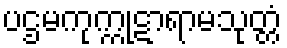
ပဌမကုက္ကုဋာရာမသုတ္တံ